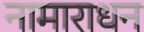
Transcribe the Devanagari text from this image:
नामाराधन